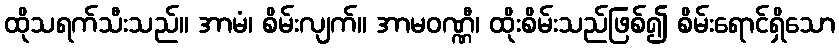
ထိုသရက်သီးသည်။ အာမံ၊ စိမ်းလျက်။ အာမဝဏ္ဏီ၊ ထိုးစိမ်းသည်ဖြစ်၍ စိမ်းရောင်ရှိသော